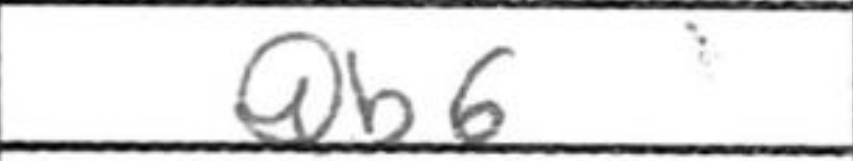
Transcription: Qb6